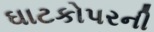
ઘાટકોપરની